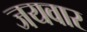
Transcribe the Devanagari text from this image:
जयवार